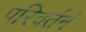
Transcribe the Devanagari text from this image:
परिवर्तनं